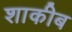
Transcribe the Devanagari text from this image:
शाकीब